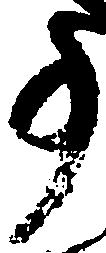
事